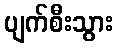
ပျက်စီးသွား